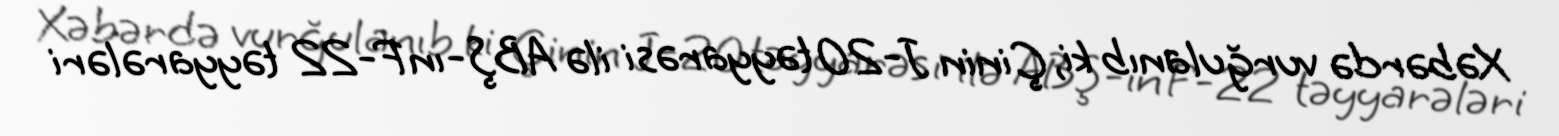
Xəbərdə vurğulanıb ki, Çinin J-20 təyyarəsi ilə ABŞ-ın F-22 təyyarələri